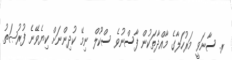
ރ. ސާނަވީ މަރުހަލާގެ މާއްދާތަކުން ފާސްނުވެ ސްކޫލް ނިމޭ ކުދިންނަށް ކިޔެވޭނެ ފުރުޞަތު